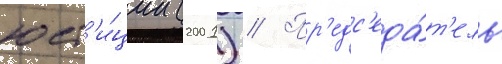
юст'и́ции (2001) // Пр'едс'еда́т'ель